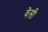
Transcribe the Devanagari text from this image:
वेसी